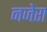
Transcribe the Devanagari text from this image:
नजेरा